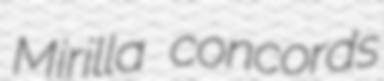
Mirilla concords